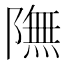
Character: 𨼊